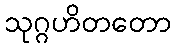
သုဂ္ဂဟိတတော